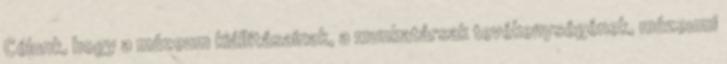
Célunk, hogy a múzeum kiállításainak, a munkatársak tevékenységének, múzeumi